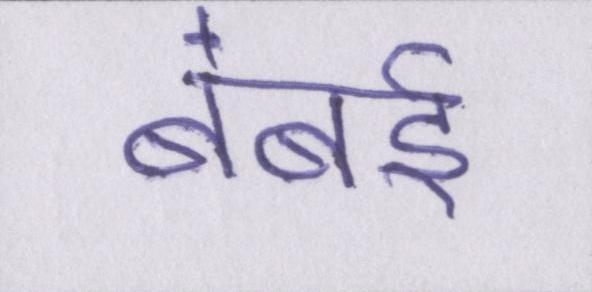
बंबई